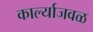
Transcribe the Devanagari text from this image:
कार्ल्याजवळ